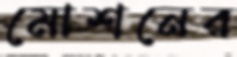
মোশনের